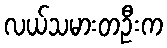
လယ်သမားတဦးက